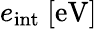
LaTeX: e_{\mathrm{int}}\ [\mathrm{eV}]